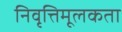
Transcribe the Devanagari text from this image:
निवृत्तिमूलकता